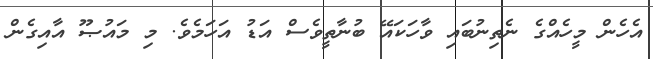
އެހެން މީހެއްގެ ނެތިނުބައި ވާހަކައޭ ބުނާތީވެސް އަޑު އަހަމެވެ. މި މައުޞޫ އާއިގެން